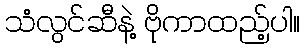
သံလွင်ဆီနဲ့ ဗိုကာထည့်ပါ။